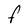
Character: F